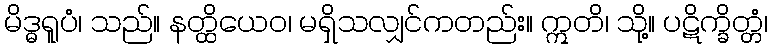
မိဒ္ဓရူပံ၊ သည်။ နတ္ထိယေဝ၊ မရှိသလျှင်ကတည်း။ ဣတိ၊ သို့။ ပဋိက္ခိတ္တံ၊